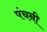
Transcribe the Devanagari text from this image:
पंचनी